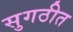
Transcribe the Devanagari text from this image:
सुगठीत